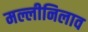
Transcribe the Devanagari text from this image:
मल्लीनिलाव